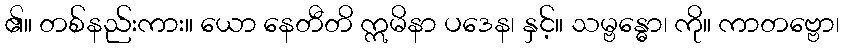
၏။ တစ်နည်းကား။ ယော နေတီတိ ဣမိနာ ပဒေန၊ နှင့်။ သမ္ဗန္ဓော၊ ကို။ ကာတဗ္ဗော၊